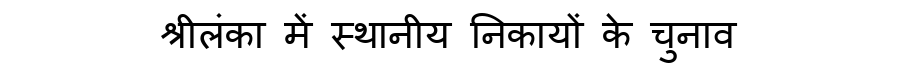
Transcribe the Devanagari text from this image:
श्रीलंका में स्थानीय निकायों के चुनाव